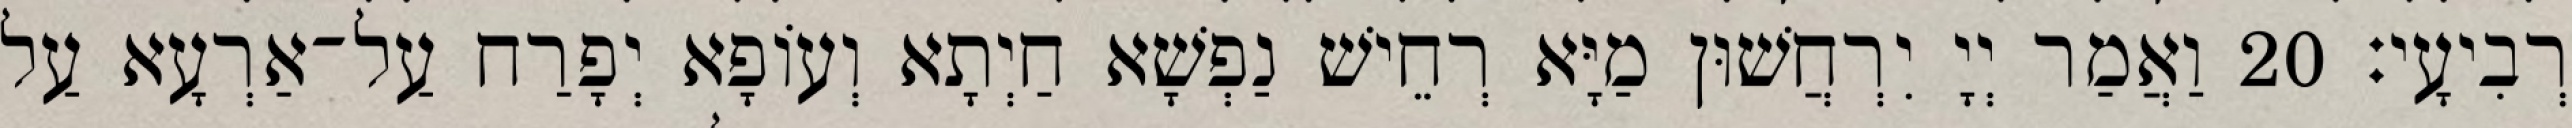
רְבִיעָי׃ 20 וַאֲמַר יְיָ יִרְחֲשׁוּן מַיָּא רְחֵישׁ נַפְשָׁא חַיְתָא וְעוֹפָא יְפָרַח עַל־אַרְעָא עַל